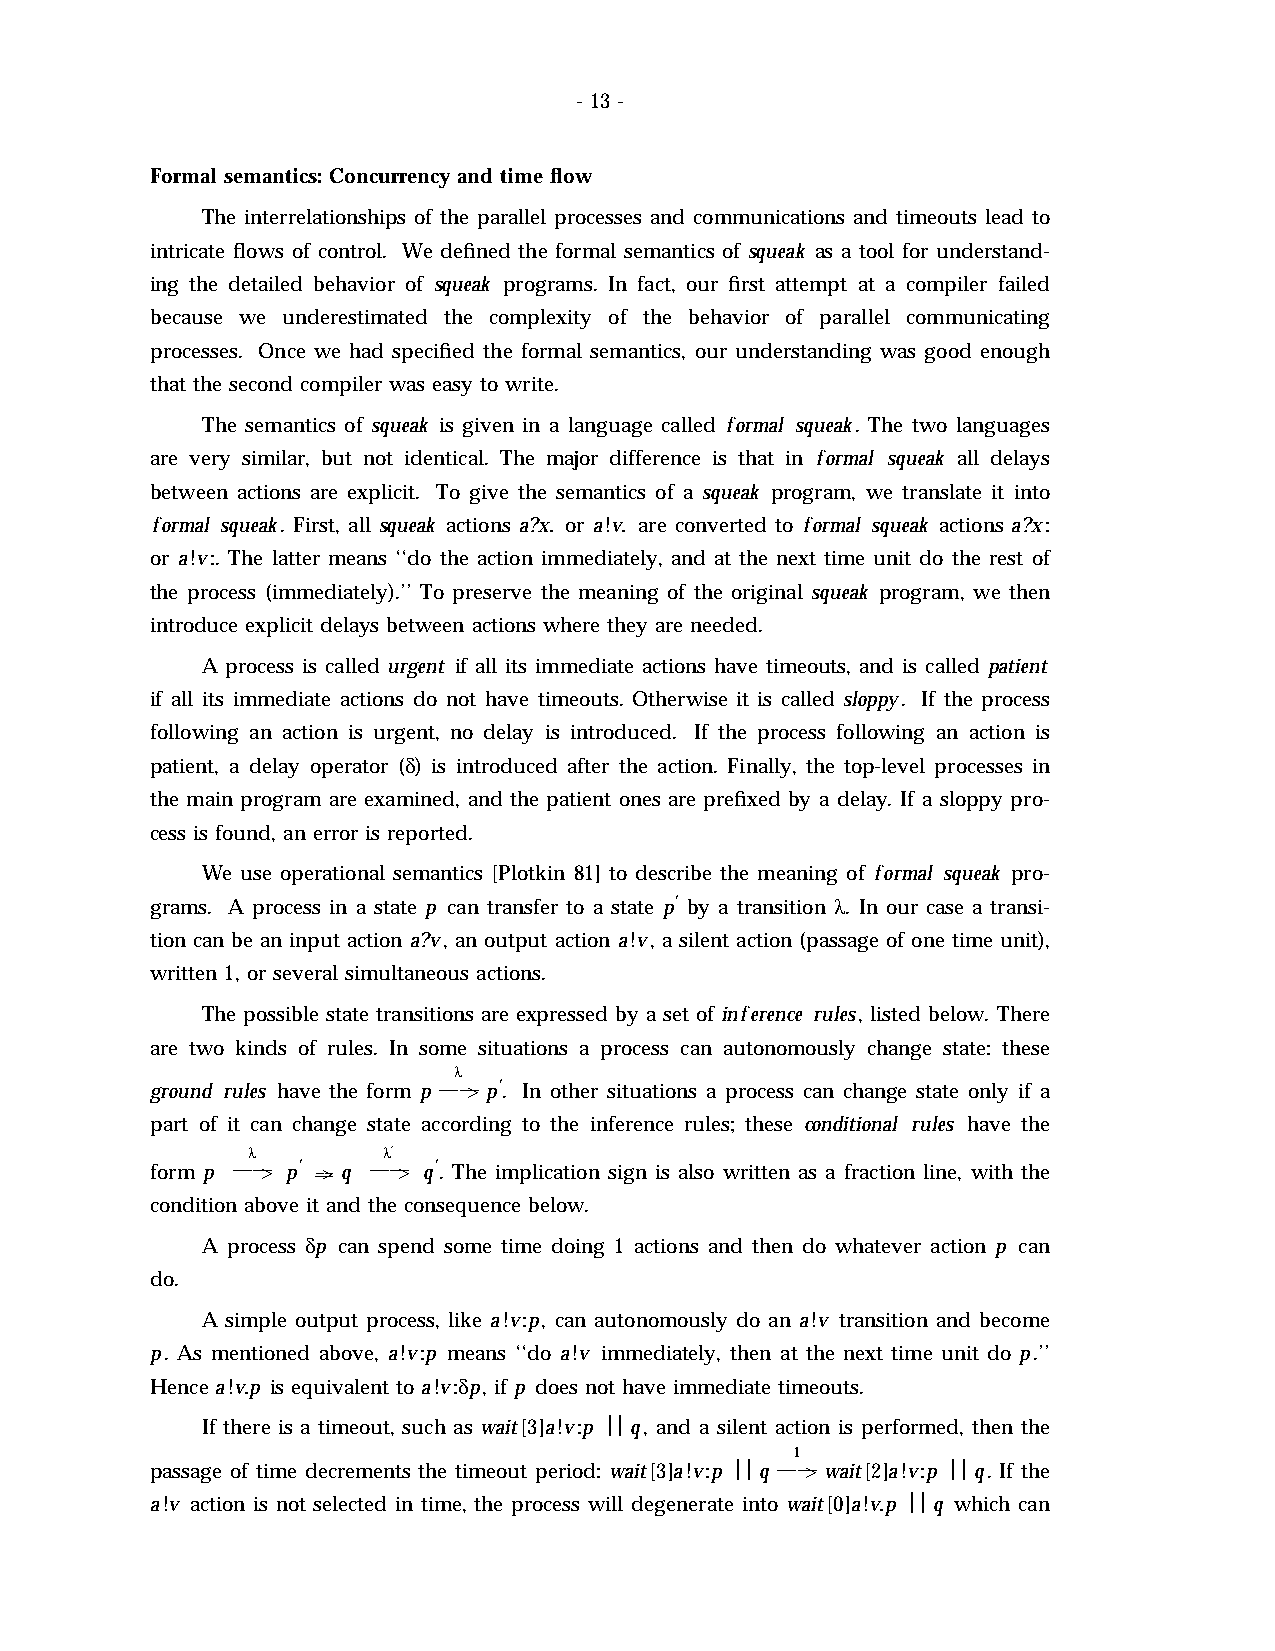
- 13 -
 Formal semantics: Concurrency and time flow
 The interrelationships of the parallel processes and communications and timeouts lead to
 intricate flows of control. We defined the formal semantics of squeak as a tool for understand-
 ing the detailed behavior of squeak programs. In fact, our first attempt at a compiler failed
 because we underestimated the complexity of the behavior of parallel communicating
 processes. Once we had specified the formal semantics, our understanding was good enough
 that the second compiler was easy to write.
 The semantics of squeak is given in a language called f ormal squeak. The two languages
 are very similar, but not identical. The major difference is that in f ormal squeak all delays
 between actions are explicit. To give the semantics of a squeak program, we translate it into
 f ormal squeak. First, all squeak actions a?x. or a!v. are converted to f ormal squeak actions a?x:
 or a!v:. The latter means ‘‘do the action immediately, and at the next time unit do the rest of
 the process (immediately).’’ To preserve the meaning of the original squeak program, we then
 introduce explicit delays between actions where they are needed.
 A process is called urgent if all its immediate actions have timeouts, and is called patient
 if all its immediate actions do not have timeouts. Otherwise it is called sloppy. If the process
 following an action is urgent, no delay is introduced. If the process following an action is
 patient, a delay operator (d ) is introduced after the action. Finally, the top-level processes in
 the main program are examined, and the patient ones are prefixed by a delay. If a sloppy pro-
 cess is found, an error is reported.
 We use operational semantics [Plotkin 81] to describe the meaning of f ormal squeak pro-
 grams. A process in a state p can transfer to a state p¢ by a transition l . In our case a transi-
 tion can be an input action a?v, an output action a!v, a silent action (passage of one time unit),
 written 1, or several simultaneous actions.
 The possible state transitions are expressed by a set of in f erence rules, listed below. There
 are two kinds of rules. In some situations a process can autonomously change state: these
 l
 ground rules have the form p ——> p¢ . In other situations a process can change state only if a
 part of it can change state according to the inference rules; these conditional rules have the
 l        l ¢
 form p ——> p¢ ==> q ——> q¢ . The implication sign is also written as a fraction line, with the
 condition above it and the consequence below.
 A process d p can spend some time doing 1 actions and then do whatever action p can
 do.
 A simple output process, like a!v:p, can autonomously do an a!v transition and become
 p. As mentioned above, a!v:p means ‘‘do a!v immediately, then at the next time unit do p.’’
 Hence a!v.p is equivalent to a!v:d p, if p does not have immediate timeouts.
 If there is a timeout, such as wait[3]a!v:p œœ q, and a silent action is performed, then the
 1
 passage of time decrements the timeout period: wait[3]a!v:p œœ q ——> wait[2]a!v:p œœ q. If the
 a!v action is not selected in time, the process will degenerate into wait[0]a!v.p œœ q which can